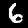
Label: 6